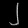
Digit: ၂